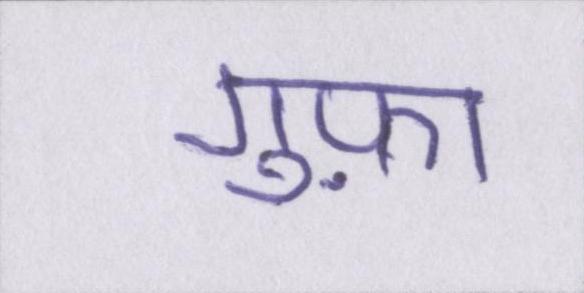
गुफ़ा